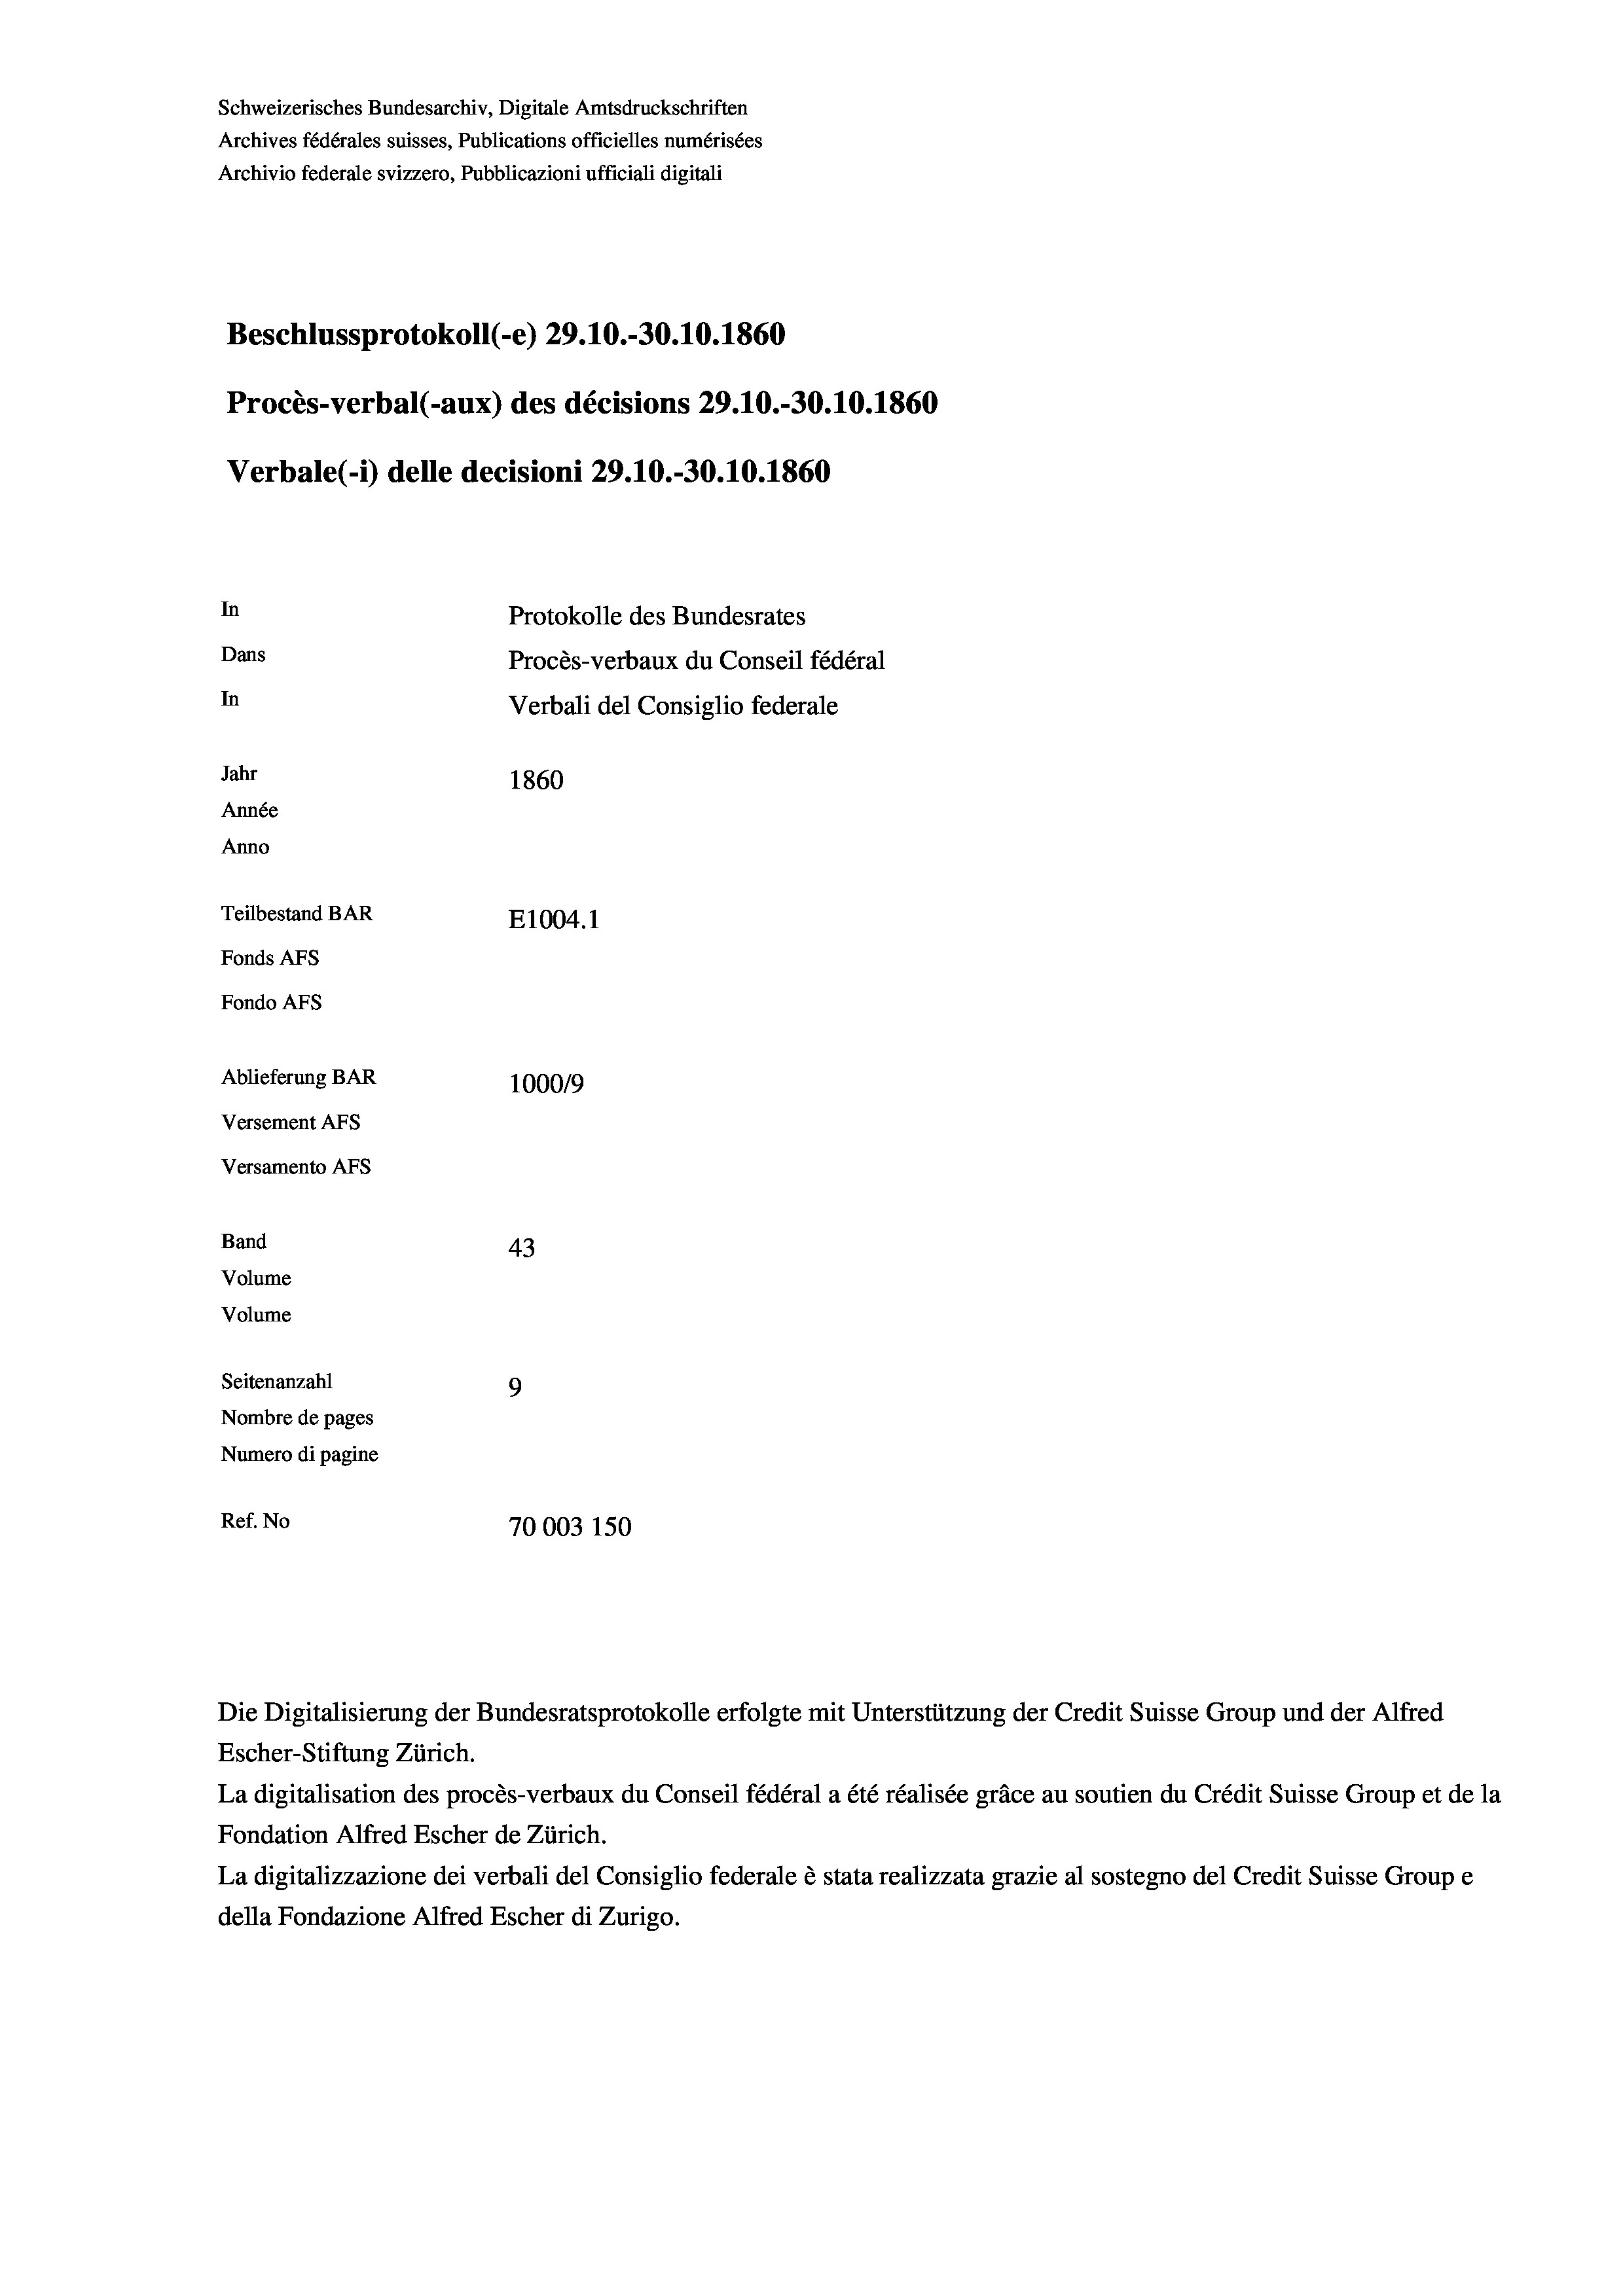
Schweizerisches Bundesarchiv, Digitale Amtsdruckschriften
Archives fédérales suisses, Publications officielles numérisées
Archivio federale svizzero, Pubblicazioni ufficiali digitali
Beschlussprotokoll (-e) 29.10.-30.10.1860
Procès-verbal (-aux) des décisions 29.10.-30.10.1860
Verbale(-*) delle decisioni 29.10.-30.10.1860
In
Protokolle des Bundesrates
Dans
Procès-verbaux du Conseil fédéral
In
Verbali del Consiglio federale
Jahr
1860
Année
Anno
Teilbestand BAR
E1004.1
Fonds AFs
Fondo AFs
Ablieferung BAR
100019
Versement AFs
Versamento Afs
Band
43
Volume
Volume
Seitenanzahl
9

Nombre de pages
Numero di pagine
Ref. No
70003 150

La digitalisation des procès-verbaux du Conseil fédéral a été réalisée gräce au soutien du Crédit Suisse Group et de la
Fondation Alfred Escher de Zürich.
La digitalizzazione dei verbali del Consiglio federale è stata realizzata grazie al sostegno del Credit Suisse Groupe
della Fondazione Alfred Escher di Zurigo.

Escher-Stiftung Zürich.

Die Digitalisierung der Bundesratsprotokolle erfolgte mit Unterstützung der Credit Suisse Group und der Alfred